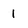
Character: 1